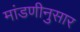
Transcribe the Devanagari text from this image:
मांडणीनुसार